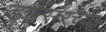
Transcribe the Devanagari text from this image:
डान्सरच्या